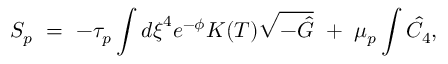
{ S _ { p } } ~ = ~ - { \tau _ { p } } \int { { d \xi } ^ { 4 } } { e ^ { - \phi } } K ( T ) \sqrt { - \hat { G } } ~ + ~ { { \mu } _ { p } } \int { \hat { C } } _ { 4 } ,